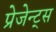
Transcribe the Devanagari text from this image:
प्रेजेन्ट्स